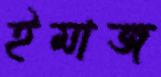
ইমাজ